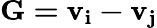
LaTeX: \mathbf{G=v_{i}-v_{j}}